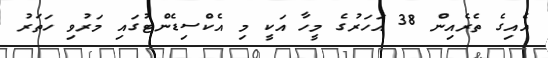
އެއިގެ ތެރެއިން 38 އަހަރުގެ މީހާ އަކީ މި އެކްސިޑެންޓުގައި މަރުވި ހަތަރު